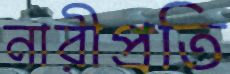
নারীপ্রতি